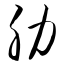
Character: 肋